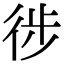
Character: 徏